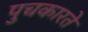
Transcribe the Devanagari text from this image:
पुचकारते